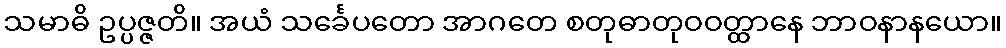
သမာဓိ ဥပ္ပဇ္ဇတိ။ အယံ သင်္ခေပတော အာဂတေ စတုဓာတုဝဝတ္ထာနေ ဘာဝနာနယော။